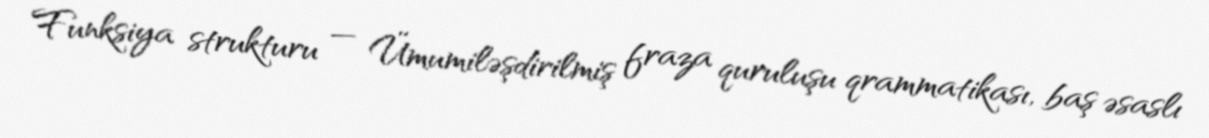
Funksiya strukturu — Ümumiləşdirilmiş fraza quruluşu qrammatikası, baş əsaslı